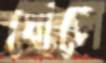
ঘোলে